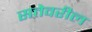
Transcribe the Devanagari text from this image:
सत्तेवरील